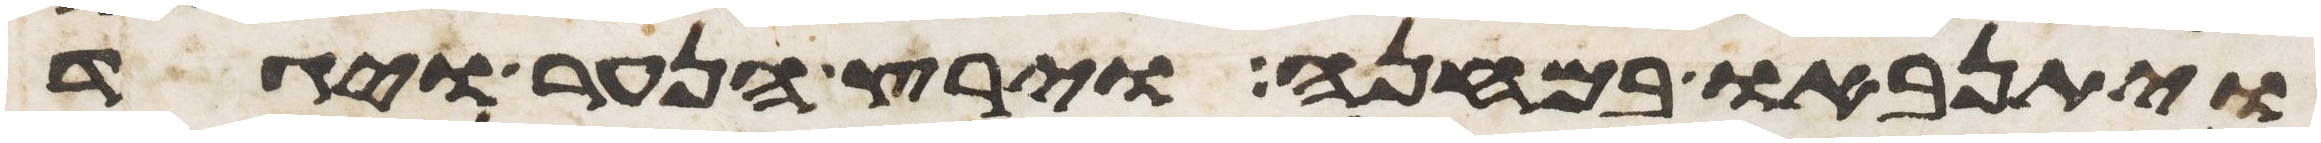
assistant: ויתנאבו במחנה וירץ הנער ויגד